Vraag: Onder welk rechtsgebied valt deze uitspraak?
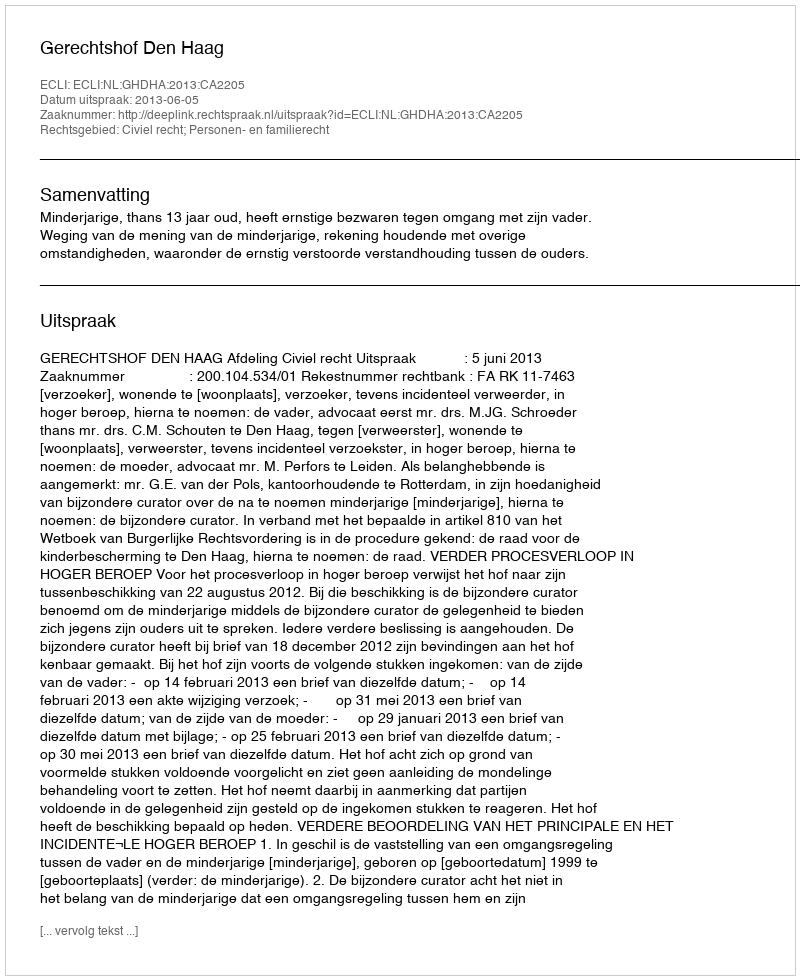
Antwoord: Civiel recht; Personen- en familierecht